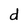
Character: d